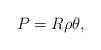
\begin{align*}P=R \rho \theta, \end{align*}